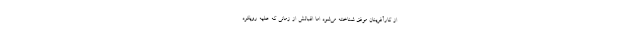
از کارآفرینان موفق شناخته می‌شود اما اقبالش از زمانی که علیه رویکرد